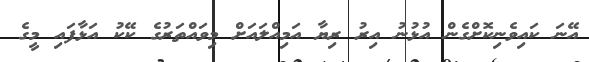
އޭނަ ކައިވެނިކޮށްގެން އުޅުނު އިރު ރިޔާ އަމިއްލައަށް މިވައްތަރުގެ ކޭކު އަޅާފައި މީގެ